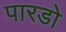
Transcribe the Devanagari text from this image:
पारडो